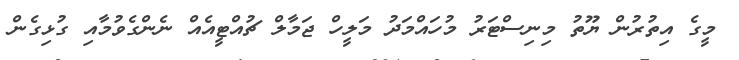
މީގެ އިތުރުން ޔޫތު މިނިސްޓަރު މުހައްމަދު މަލީހް ޖަމާލް ޗުއްޓީއެއް ނެންގެވުމާއި ގުޅިގެން